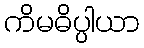
ကိမဓိပ္ပါယာ